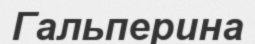
Гальперина